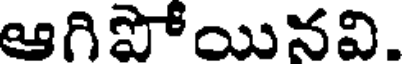
ఆగిపోయినవి.